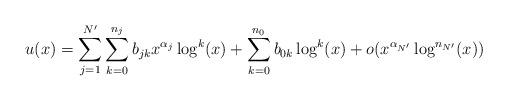
LaTeX: \begin{align*}u(x)=\sum_{j=1}^{N'}\sum_{k=0}^{n_j} b_{jk}x^{\alpha_j}\log^k(x)+\sum_{k=0}^{n_0} b_{0k}\log^k(x)+o(x^{\alpha_{N'}}\log^{n_{N'}}(x))\end{align*}